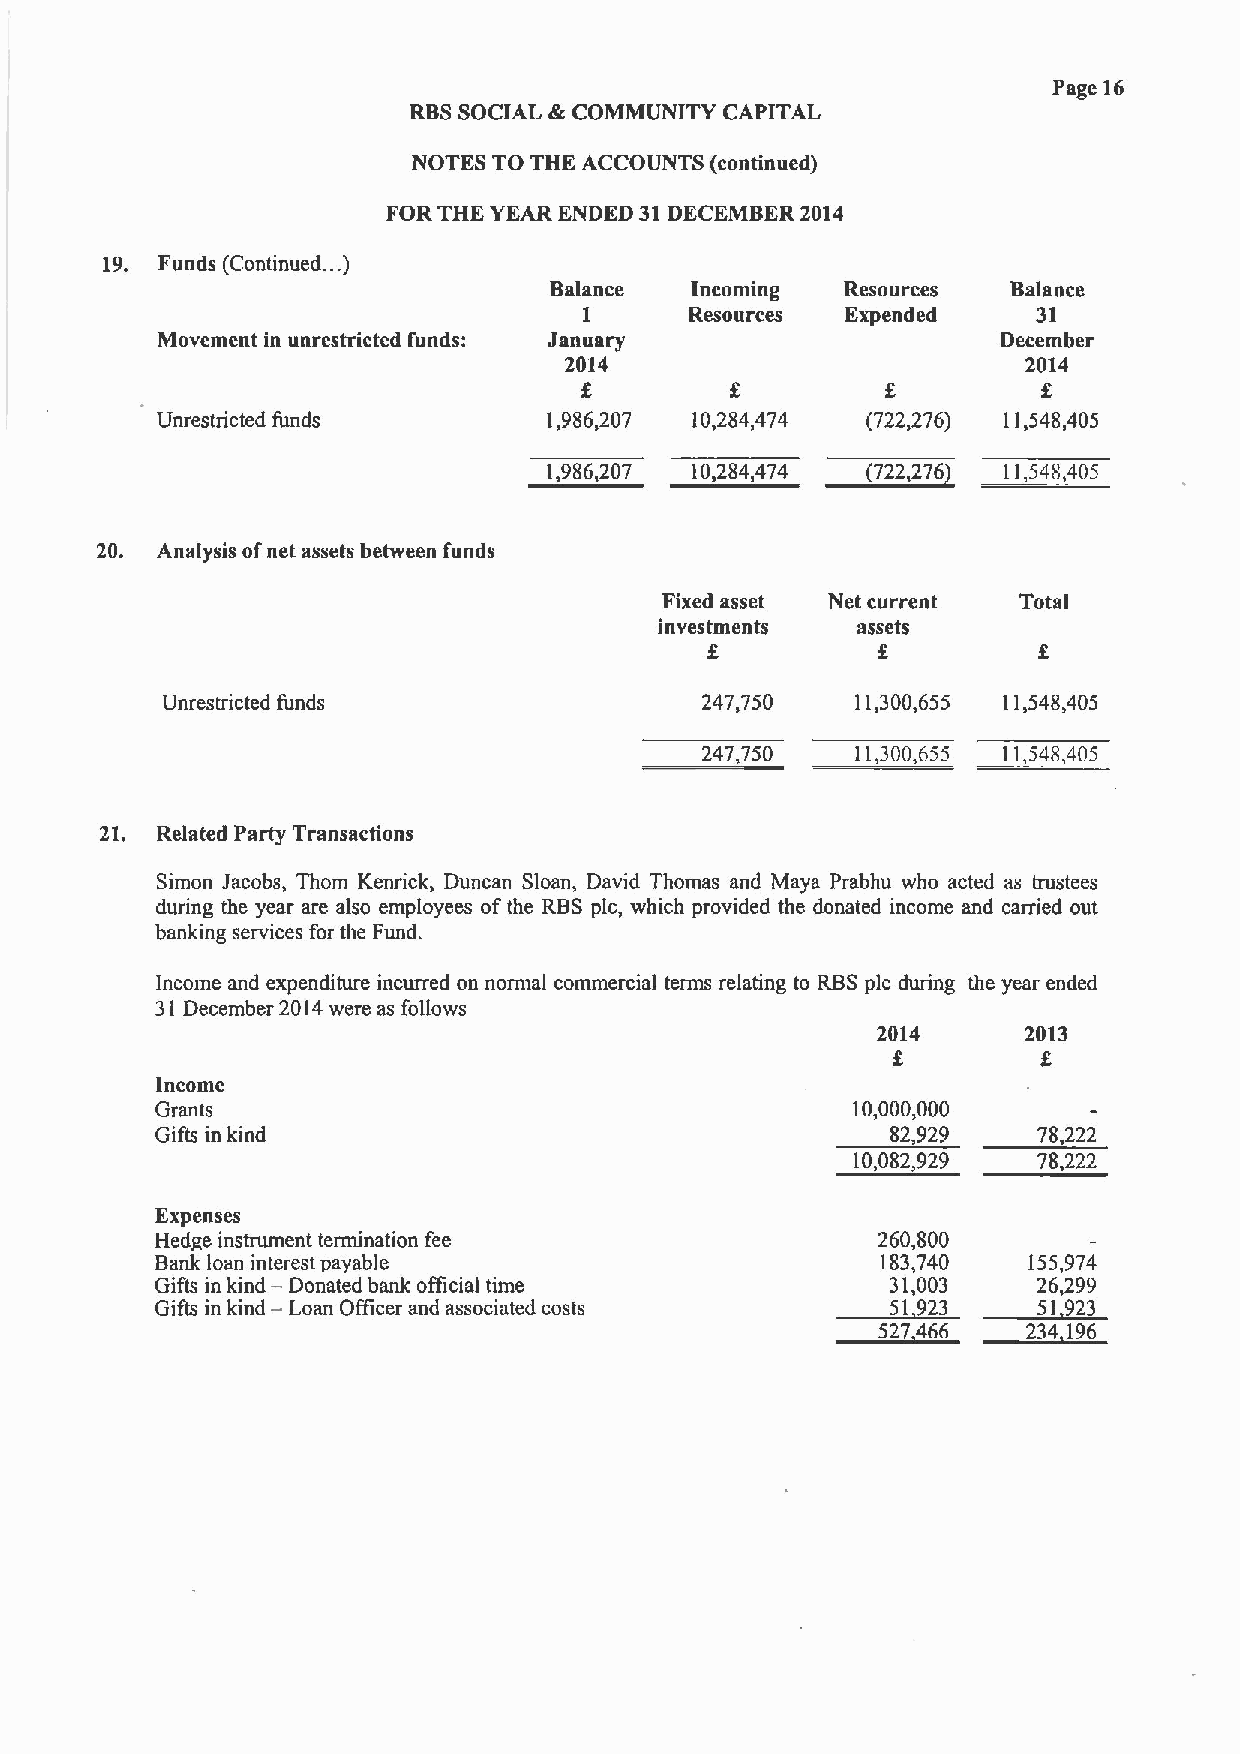
Page 16
 RBSSOCIAL &COMMUNITY CAPITAL
 NOTES TO THE ACCOUNTS (continued)
 FOR THE YEAR ENDED 31DECEMBER 2014
 19. Funds (Continued. .. )
 Balance   Incoming  Resources  Balance
 1      Resources Expended     31
 Movement in unrestricted funds: January                 December
 2014                           2014
 f          f         f
 Unrestricted funds        1,986,207 10,284,474 (722,276) 11,548,405
 1,9862117 10,284474 ~8722,276 11,548,405
 20. Analysis ofnet assets between funds
 Fixed asset Net current Total
 investments  assets
 f          f          f
 Unrestricted funds                 247,750    11,300,655 11,548,405
 247,750    11,300,655 11,548,405
 21. Related Party Transactions
 Simon Jacobs, Thorn Kenrick, Duncan Sloan, David Thomas and Maya Prabhu who acted as trustees
 during the year are also employees ofthe RBS pic, which provided the donated income and carried out
 banking services for the Fund.
 Income and expenditure incurred on normal commercial terms relating to RBSpic during the year ended
 31December 2014were as follows
 2014      2013
 f         f
 Income
 Grants                                        10,000,000
 Gifts in kind                                    82,929    78,222
 10,082,929  78,222
 Expenses
 Hedge instrument termination fee                260,800
 Bank loan interest payable                      183,740   155,974
 Gifts in kind — Donated bank official time       31,003    26,299
 Gifts in kind — Loan Officer and associated costs 51 923   51 923
 527466    234196